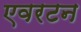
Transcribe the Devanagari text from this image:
एवरटन